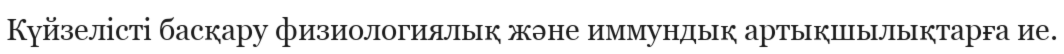
Күйзелісті басқару физиологиялық және иммундық артықшылықтарға ие.